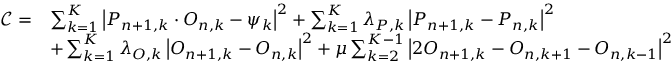
\begin{array} { r l } { \mathcal { C } = } & { \sum _ { k = 1 } ^ { K } \left| P _ { n + 1 , k } \cdot O _ { n , k } - \psi _ { k } \right| ^ { 2 } + \sum _ { k = 1 } ^ { K } \lambda _ { P , k } \left| P _ { n + 1 , k } - P _ { n , k } \right| ^ { 2 } } \\ & { + \sum _ { k = 1 } ^ { K } \lambda _ { O , k } \left| O _ { n + 1 , k } - O _ { n , k } \right| ^ { 2 } + \mu \sum _ { k = 2 } ^ { K - 1 } \left| 2 O _ { n + 1 , k } - O _ { n , k + 1 } - O _ { n , k - 1 } \right| ^ { 2 } } \end{array}